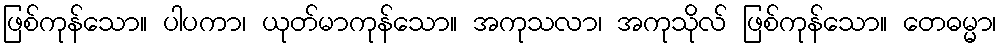
ဖြစ်ကုန်သော။ ပါပကာ၊ ယုတ်မာကုန်သော။ အကုသလာ၊ အကုသိုလ် ဖြစ်ကုန်သော။ တေဓမ္မာ၊